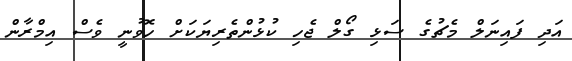
އަދި ފައިނަލް މެޗުގެ ސަޅި ގޯލް ޖެހި ކުޅުންތެރިޔަކަށް ހޮވުނީ ވެސް އިމްރާން